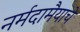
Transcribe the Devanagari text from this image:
नर्मदामैयाचे